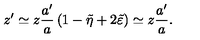
z ^ { \prime } \simeq z \frac { a ^ { \prime } } { a } \left( 1 - \tilde { \eta } + 2 \tilde { \varepsilon } \right) \simeq z \frac { a ^ { \prime } } { a } .